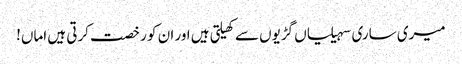
میری ساری سہیلیاں گڑیوں سے کھیلتی ہیں اور ان کو رخصت کرتی ہیں اماں!